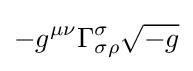
-g^{\mu \nu }\Gamma _{\sigma \rho }^{\sigma }{\sqrt {-g}}